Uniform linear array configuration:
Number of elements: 64
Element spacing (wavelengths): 0.75
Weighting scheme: uniform
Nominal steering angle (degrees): -30
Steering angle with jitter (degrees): -31.599
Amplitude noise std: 0.05
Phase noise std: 0.05

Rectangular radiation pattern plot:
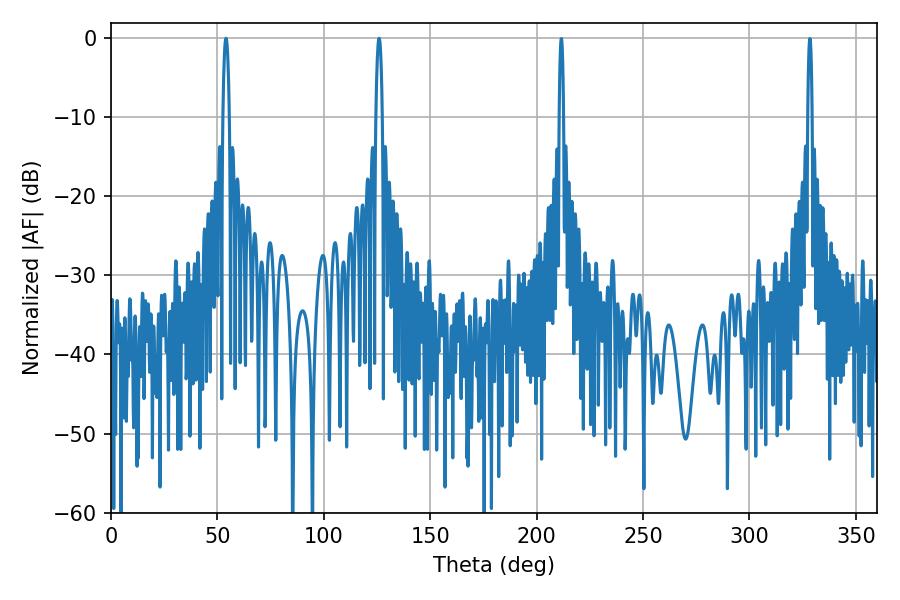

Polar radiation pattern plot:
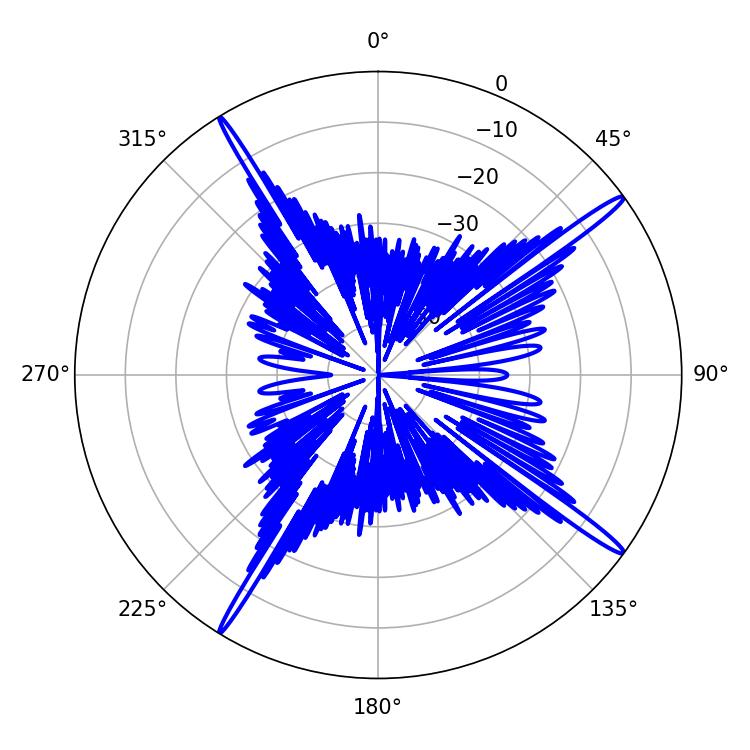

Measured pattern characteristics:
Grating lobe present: TRUE
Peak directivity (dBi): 17.981
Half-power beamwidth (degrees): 1.62
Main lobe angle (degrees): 54